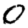
Digit: 0